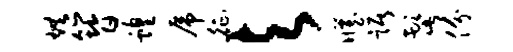
烘簪蝗虎征与臧踞髭份